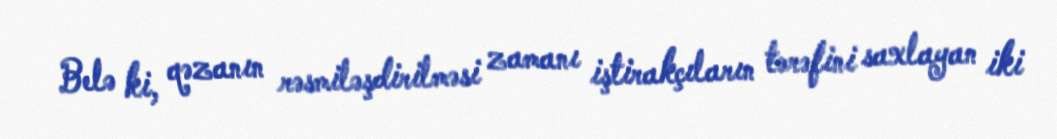
Belə ki, qəzanın rəsmiləşdirilməsi zamanı iştirakçıların tərəfini saxlayan iki